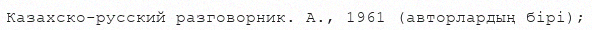
Казахско-русский разговорник. А., 1961 (авторлардың бірі);